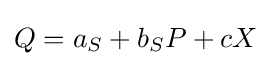
Q=a_{S}+b_{S}P+cX